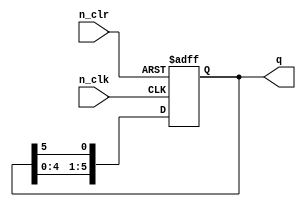
// contador_anel - contador em anel de 6 estados
module contador_anel (
  input n_clk,
  input n_clr,
  output reg [5:0] q
);
  
    always @(negedge n_clk or negedge n_clr) begin
      if (!n_clr)
        q <= 6'b000001;
      else begin
        q <= q<<1;
        q[0] <= q[5];
      end
    end

endmodule